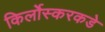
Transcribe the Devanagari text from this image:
किर्लोस्करकडे